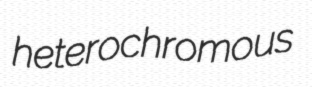
heterochromous